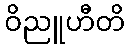
ဝိညူဟီတိ